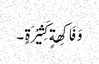
وَ فَاکِھةٍ کَثِیْرَةٍ ۔